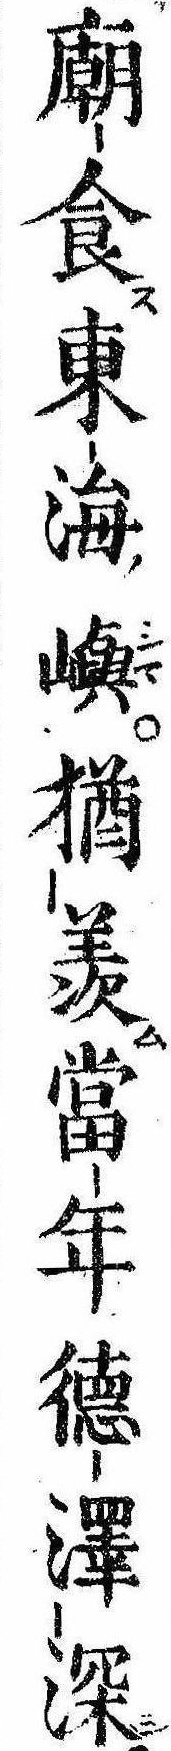
廟食東海嶼猶羨当年徳沢深